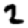
Digit: 2